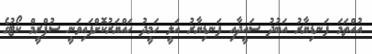
އުއްތަމަ ފަނޑިޔާރު އަބުދު ސައީދާއި ފަނޑިޔާރު އަލީ ހަމީދު ހައްޔަރުކޮށްފައިވަނީ ސުޕްރީމް ކޯޓުގެ